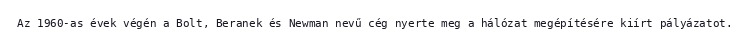
Az 1960-as évek végén a Bolt, Beranek és Newman nevű cég nyerte meg a hálózat megépítésére kiírt pályázatot.